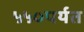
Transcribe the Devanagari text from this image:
५५०पर्यत